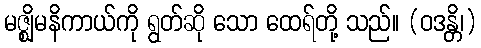
မဇ္ဈိမနိကာယ်ကို ရွတ်ဆို သော ထေရ်တို့ သည်။ (ဝဒန္တိ၊)